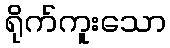
ရိုက်ကူးသော